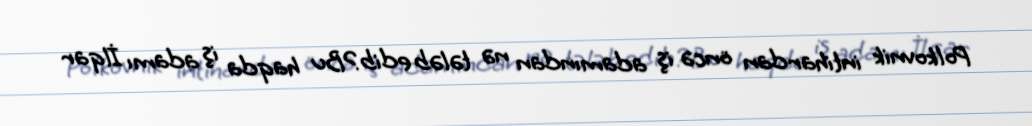
Polkovnik intihardan öncə iş adamından nə tələb edib?Bu haqda iş adamı İlqar